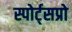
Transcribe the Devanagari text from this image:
स्पोर्ट्‌सप्रो